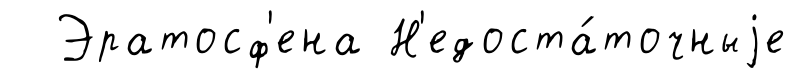
Эратосф'ена Н'едоста́точныjе